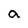
Character: a